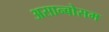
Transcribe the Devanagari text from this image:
असान्बोसम